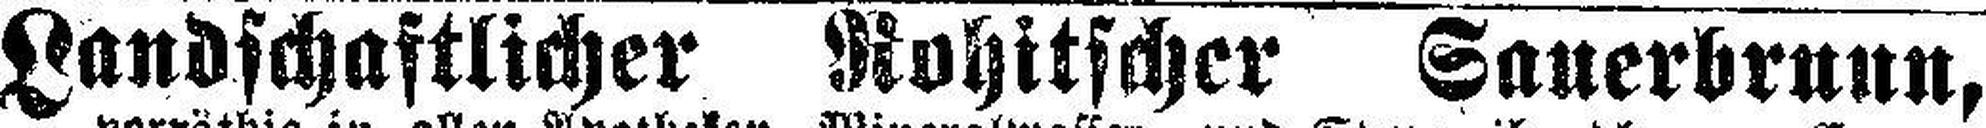
Landschaftlicher Rohitscher Sauerbrunn,